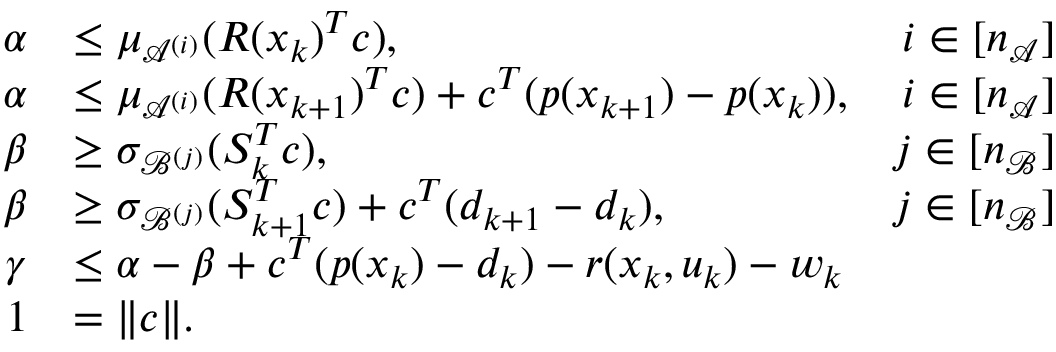
\begin{array} { r l r } { \alpha } & { \leq \mu _ { \mathcal { A } ^ { ( i ) } } ( R ( x _ { k } ) ^ { T } c ) , } & { i \in [ n _ { \mathcal { A } } ] } \\ { \alpha } & { \leq \mu _ { \mathcal { A } ^ { ( i ) } } ( R ( x _ { k + 1 } ) ^ { T } c ) + c ^ { T } ( p ( x _ { k + 1 } ) - p ( x _ { k } ) ) , } & { i \in [ n _ { \mathcal { A } } ] } \\ { \beta } & { \geq \sigma _ { \mathcal { B } ^ { ( j ) } } ( S _ { k } ^ { T } c ) , } & { j \in [ n _ { \mathcal { B } } ] } \\ { \beta } & { \geq \sigma _ { \mathcal { B } ^ { ( j ) } } ( S _ { k + 1 } ^ { T } c ) + c ^ { T } ( d _ { k + 1 } - d _ { k } ) , } & { j \in [ n _ { \mathcal { B } } ] } \\ { \gamma } & { \leq \alpha - \beta + c ^ { T } ( p ( x _ { k } ) - d _ { k } ) - r ( x _ { k } , u _ { k } ) - w _ { k } } \\ { 1 } & { = \| c \| . } \end{array}